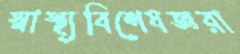
স্বাস্থ্যবিশেষজ্ঞরা